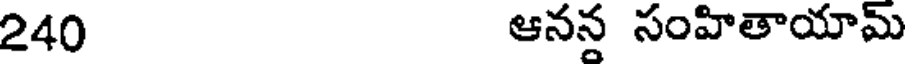
240 ఆనన సంహితాయామ్